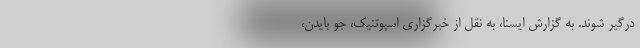
درگیر شوند. به گزارش ایسنا، به نقل از خبرگزاری اسپوتنیک، جو بایدن،